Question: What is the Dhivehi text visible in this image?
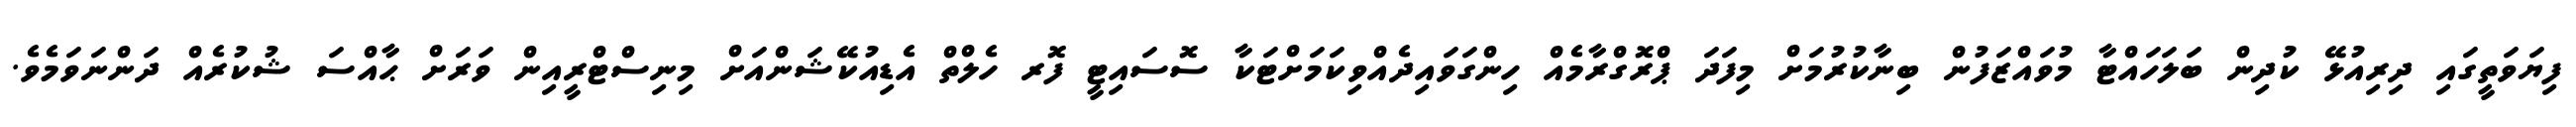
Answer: ފިޔަވަތީގައި ދިރިއުޅޭ ކުދިން ބަލަހައްޓާ މުވައްޒަފުން ބިނާކުރުމަށް މިފަދަ ޕްރޮގްރާމެއް ހިންގަވައިދެއްވިކަމަށްޓަކާ ސޮސައިޓީ ފޮރ ހެލްތް އެޑިއުކޭޝަންއަށް މިނިސްޓްރީއިން ވަރަށް ޙާއްސަ ޝުކުރެއް ދަންނަވަމެވެ.